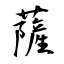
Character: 薩